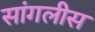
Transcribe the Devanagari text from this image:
सांगलीस